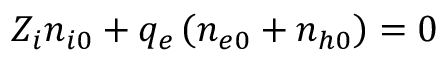
Z _ { i } n _ { i 0 } + q _ { e } \left( n _ { e 0 } + n _ { h 0 } \right) = 0